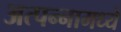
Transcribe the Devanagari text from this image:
अत्‍पन्‍नामध्‍ये